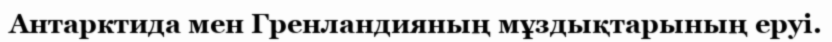
Антарктида мен Гренландияның мұздықтарының еруі.